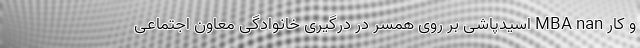
و کار MBA nan اسیدپاشی بر روی همسر در درگیری خانوادگی معاون اجتماعی